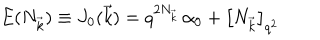
E ( N _ { \vec { k } } ) \equiv J _ { 0 } ( \vec { k } ) = q ^ { 2 N _ { \vec { k } } } \, \alpha _ { 0 } + \left[ N _ { \vec { k } } \right] _ { q ^ { 2 } }